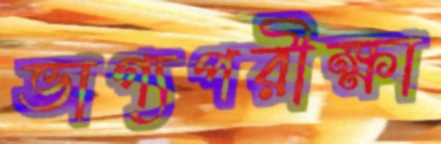
ভাগ্যপরীক্ষা